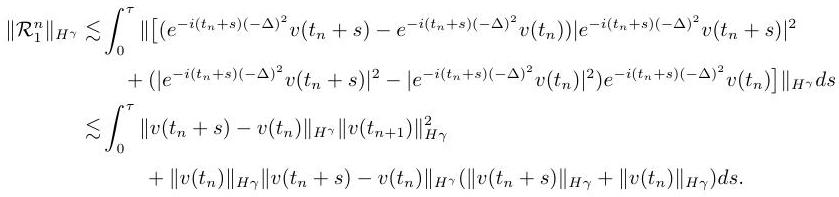
\begin{align*}
\|\mathcal{R}_{1}^{n}\|_{H^{\gamma}} & \lesssim \int_{0}^{\tau}\left\|\left[\left(e^{-i\left(t_{n}+s\right)(-\Delta)^{2}} v\left(t_{n}+s\right)-e^{-i\left(t_{n}+s\right)(-\Delta)^{2}} v\left(t_{n}\right)\right)\left|e^{-i\left(t_{n}+s\right)(-\Delta)^{2}} v\left(t_{n}+s\right)\right|^{2}\right.\right. \\
& \quad\left.+\left(\left|e^{-i\left(t_{n}+s\right)(-\Delta)^{2}} v\left(t_{n}+s\right)\right|^{2}-\left|e^{-i\left(t_{n}+s\right)(-\Delta)^{2}} v\left(t_{n}\right)\right|^{2}\right) e^{-i\left(t_{n}+s\right)(-\Delta)^{2}} v\left(t_{n}\right)\right]\left\|_{H^{\gamma}} d s \\
& \lesssim \int_{0}^{\tau}\left\|v\left(t_{n}+s\right)-v\left(t_{n}\right)\right\|_{H^{\gamma}}\left\|v\left(t_{n+1}\right)\right\|_{H^{\gamma}}^{2} \\
& \quad+\left\|v\left(t_{n}\right)\right\|_{H^{\gamma}}\left\|v\left(t_{n}+s\right)-v\left(t_{n}\right)\right\|_{H^{\gamma}}\left(\left\|v\left(t_{n}+s\right)\right\|_{H^{\gamma}}+\left\|v\left(t_{n}\right)\right\|_{H^{\gamma}}\right) d s .
\end{align*}